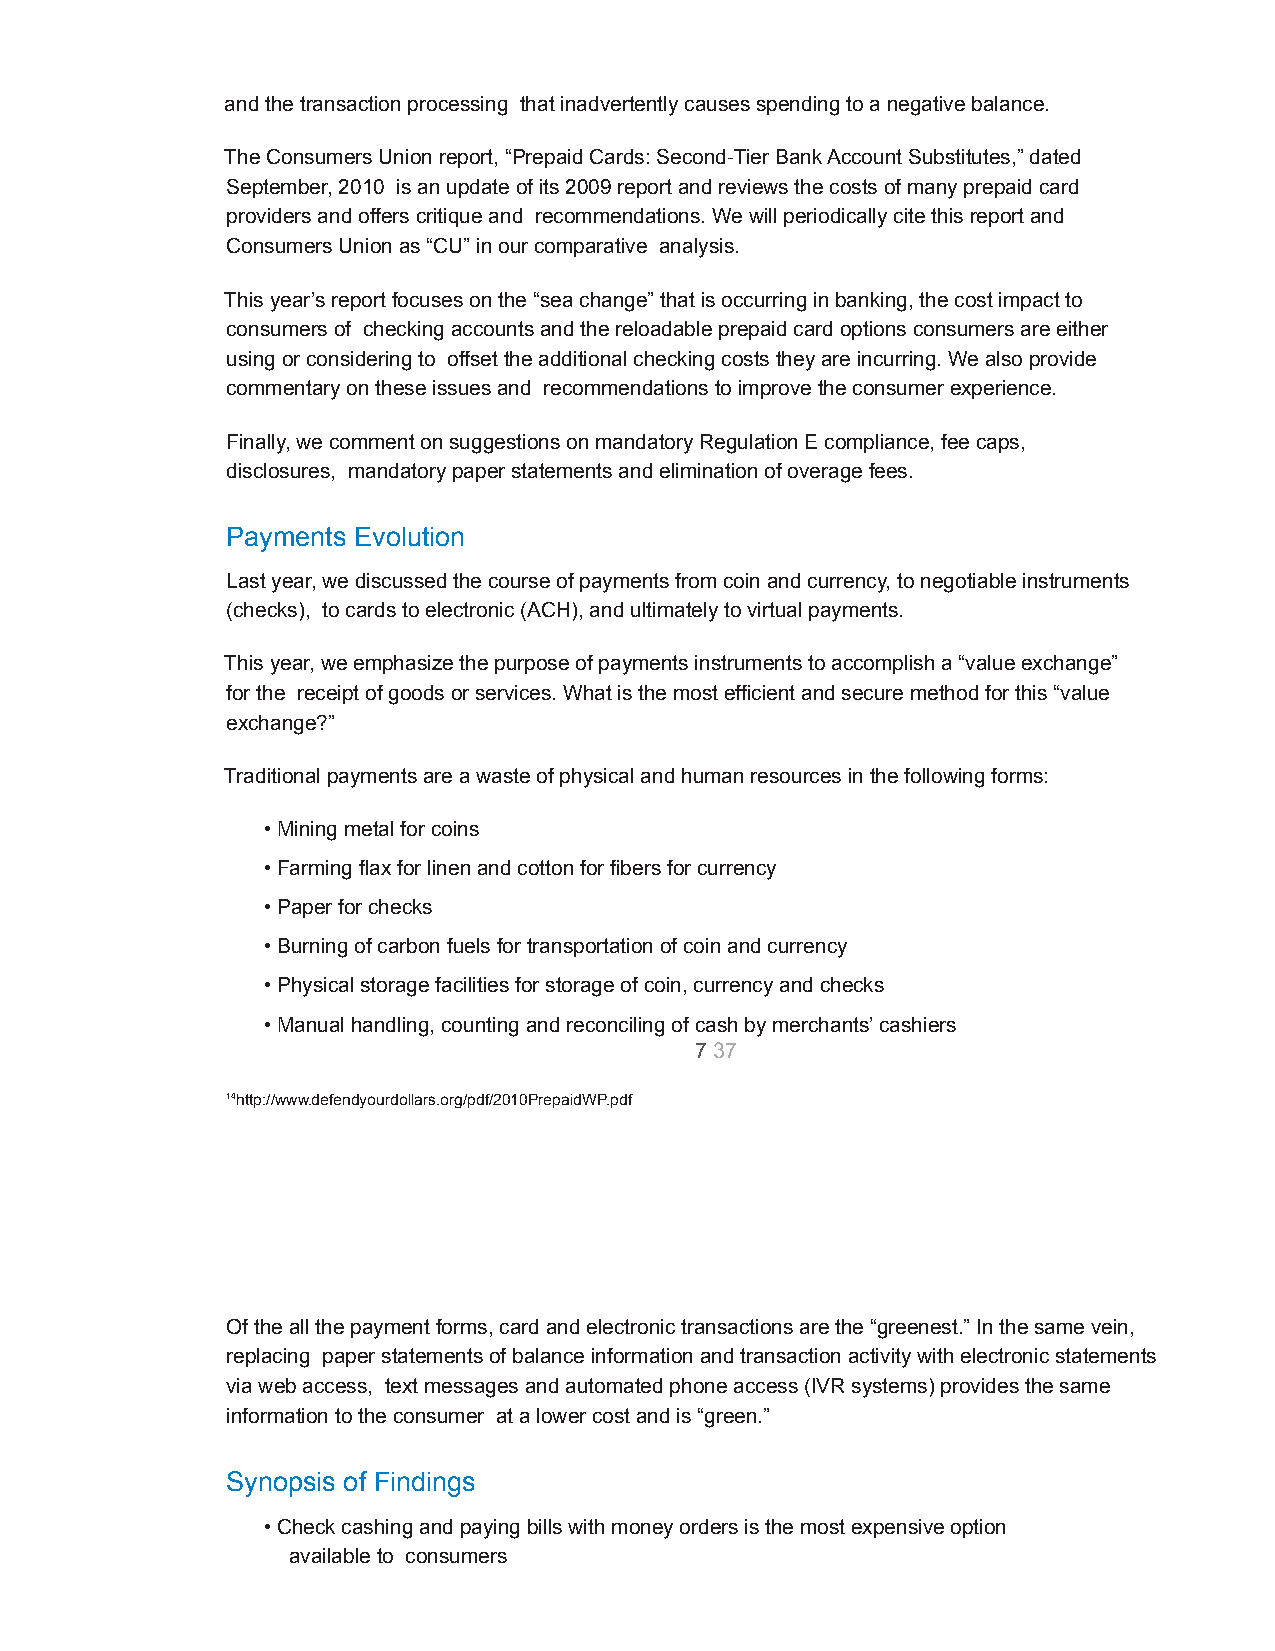
and the transaction processing that inadvertently causes spending to a negative balance.
 The Consumers Union report, “Prepaid Cards: Second-TierBank Account Substitutes,” dated
 September, 2010 is an update of its 2009 report andreviews the costs of many prepaid card
 providers and offers critique and recommendations.We will periodically cite this report and
 Consumers Union as “CU” in our comparative analysis.
 This year’s report focuses on the “sea change” thatis occurring in banking, the cost impact to
 consumers of checking accounts and the reloadableprepaid card options consumers are either
 using or considering to offset the additional checkingcosts they are incurring. We also provide
 commentary on these issues and recommendations toimprove the consumer experience.
 Finally, we comment on suggestions on mandatory RegulationE compliance, fee caps,
 disclosures, mandatory paper statements and eliminationof overage fees.
 Payments Evolution
 Last year, we discussed the course of payments fromcoin and currency, to negotiable instruments
 (checks), to cards to electronic (ACH), and ultimatelyto virtual payments.
 This year, we emphasize the purpose of payments instrumentsto accomplish a “value exchange”
 for the receipt of goods or services. What is themost efficient and secure method for this “value
 exchange?”
 Traditional payments are a waste of physical and humanresources in the following forms:
 • Mining metal for coins
 • Farming flax for linen and cotton for fibers forcurrency
 • Paper for checks
 • Burning of carbon fuels for transportation of coinand currency
 • Physical storage facilities for storage of coin,currency and checks
 • Manual handling, counting and reconciling of cashby merchants’ cashiers
 737
 14http://www.defendyourdollars.org/pdf/2010PrepaidWP.pdf
 RELOADABLE PREPAID CARD
 ANALYSISMARCH, 2011
 BRETTON WOODS, INC.
 Of the all the payment forms, card and electronictransactions are the “greenest.” In the same vein,
 replacing paper statements of balance informationand transaction activity with electronic statements
 via web access, text messages and automated phoneaccess (IVR systems) provides the same
 information to the consumer at a lower cost and is“green.”
 Synopsis of Findings
 • Check cashing and paying bills with money ordersis the most expensive option
 available to consumers